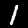
Label: 1